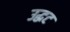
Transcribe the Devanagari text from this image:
उद्घट